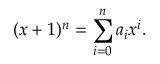
( x + 1 ) ^ { n } = \sum _ { i = 0 } ^ { n } a _ { i } x ^ { i } .